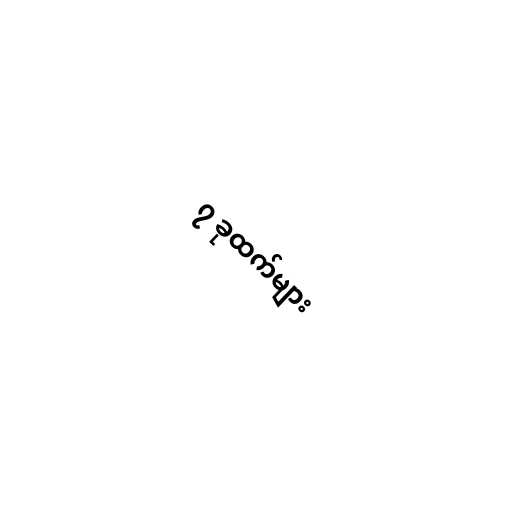
၇ ခုထက်များ